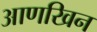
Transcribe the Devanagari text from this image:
आणखिन